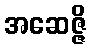
အဆေဇ္ဇိ